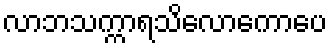
လာဘသက္ကာရသိလောကောပေ